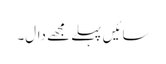
سائیں پہلے مجھے دال۔